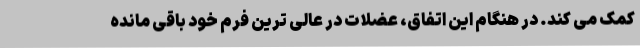
کمک می کند. در هنگام این اتفاق، عضلات در عالی ترین فرم خود باقی مانده